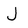
Character: J